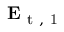
\mathbf { E } _ { \mathrm { ~ t ~ , ~ 1 ~ } }